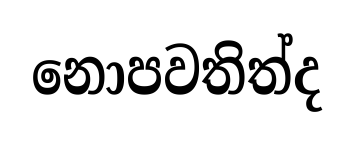
නොපවතිත්ද